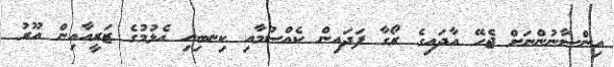
އިންސާނުންނަށް ޖެހޭ އާދައިގެ ރޯގާ ފަދައިން ކެއްސުމާއި ކިނބިހި އެޅުމުގެ ޒަރީއާއިން އޫރު